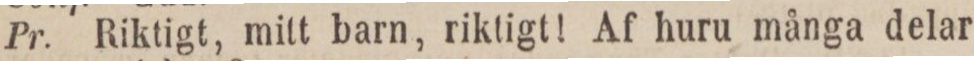
Pr. Riktigt, mitt barn, riktigt! Af huru många delar